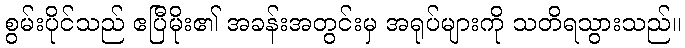
စွမ်းပိုင်သည် ဧပြီမိုး၏ အခန်းအတွင်းမှ အရုပ်များကို သတိရသွားသည်။